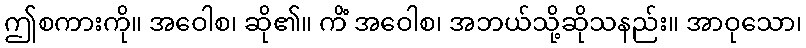
ဤစကားကို။ အဝေါစ၊ ဆို၏။ ကိံ အဝေါစ၊ အဘယ်သို့ဆိုသနည်း။ အာဝုသော၊